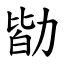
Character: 勓